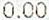
0.00